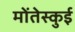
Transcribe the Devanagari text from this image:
मोंतेस्कुई